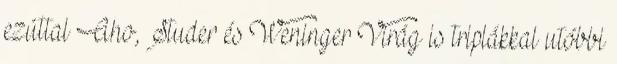
ezúttal Aho, Studer és Weninger Virág is triplákkal utóbbi